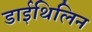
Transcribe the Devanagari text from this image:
डाईथिलिन